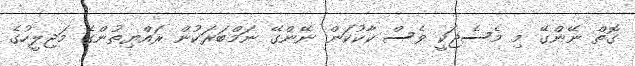
ގޮތް ނޭންގޭ މި މެސެޖަކީ ވެސް ކާކުކަން ނޭންގޭ ނަމްބަރަކުން ރައްޔިތުންގެ މަޖިލީހުގެ